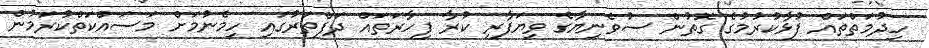
ހިދުމަތްތައް ފުޅާކުރުމުގެ ގޮތުން ސުވެނިޔާގެ ވިޔަފާރި ކުރާ ފިހާރަތައް ދަފްތަރުގައި ހިމެނުމަށް މަސައްކަތްކުރަމުން